Indian journal of veterinary science and animal husbandry - Volumes 18-21, 1948-1951
Year: 1948
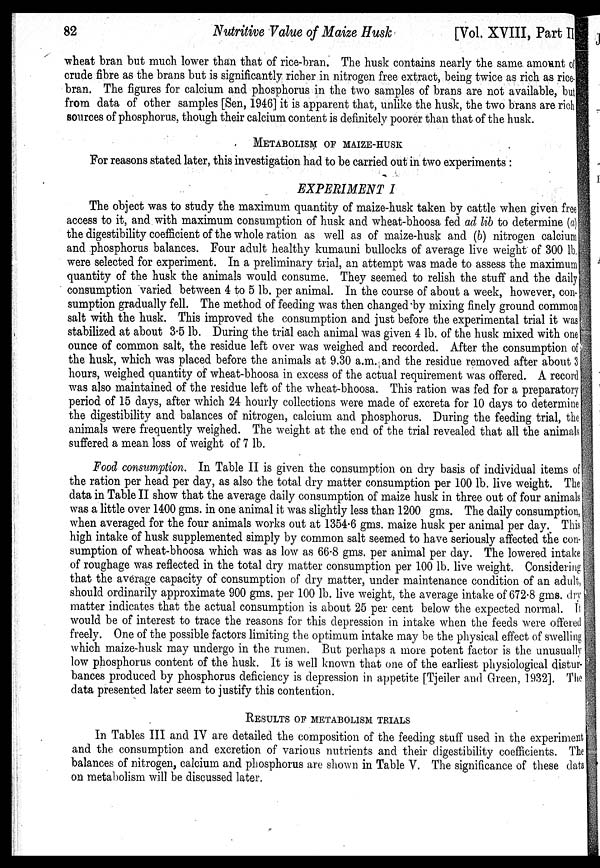
82
Nutritive Value of Maize
Husk
[Vol. XVIII, Part I]
wheat bran but much lower than that of rice-bran. The husk contains nearly the same amount of
crude fibre as the brans but is significantly richer in nitrogen free extract, being twice as rich as rice¬
bran. The figures for calcium and phosphorus in the two samples of brans are not available, but
from data of other samples [Sen, 1946] it is apparent that, unlike the husk, the two brans are rich
sources of phosphorus, though their calcium content is definitely poorer than that of the husk.
METABOLISM OF MAIZE-HUSK
For reasons stated later, this investigation had to be carried out in two experiments :
EXPERIMENT I
The object was to study the maximum quantity of maize-husk taken by cattle when given free
access to it, and with maximum consumption of husk and wheat-bhoosa fed ad lib to determine (a)
the digestibility coefficient of the whole ration as well as of maize-husk and (b) nitrogen calcium
and phosphorus balances. Four adult healthy kumauni bullocks of average live weight of 300 lb.
were selected for experiment. In a preliminary trial, an attempt was made to assess the maximum
quantity of the husk the animals would consume. They seemed to relish the stuff and the daily
consumption varied between 4 to 5 lb. per animal. In the course of about a week, however, con-
sumption gradually fell. The method of feeding was then changed by mixing finely ground common
salt with the husk. This improved the consumption and just before the experimental trial it was
stabilized at about 3.5 lb. During the trial each animal was given 4 lb. of the husk mixed with one
ounce of common salt, the residue left over was weighed and recorded. After the consumption of
the husk, which was placed before the animals at 9.30 a.m. and the residue removed after about 3
hours, weighed quantity of wheat-bhoosa in excess of the actual requirement was offered. A record
was also maintained of the residue left of the wheat-bhoosa. This ration was fed for a preparatory
period of 15 days, after which 24 hourly collections were made of excreta for 10 days to determine
the digestibility and balances of nitrogen, calcium and phosphorus. During the feeding trial, the
animals were frequently weighed. The weight at the end of the trial revealed that all the animals
suffered a mean loss of weight of 7 lb.
Food consumption. In Table II is given the consumption on dry basis of individual items of
the ration per head per day, as also the total dry matter consumption per 100 lb. live weight. The
data in Table II show that the average daily consumption of maize husk in three out of four animals
was a little over 1400 gms. in one animal it was slightly less than 1200 gms. The daily consumption,
when averaged for the four animals works out at 1354.6 gms. maize husk per animal per day. This
high intake of husk supplemented simply by common salt seemed to have seriously affected the con-
sumption of wheat-bhoosa which was as low as 66.8 gms. per animal per day. The lowered intake
of roughage was reflected in the total dry matter consumption per 100 lb. live weight. Considering
that the average capacity of consumption of dry matter, under maintenance condition of an adult,
should ordinarily approximate 900 gms. per 100 lb. live weight, the average intake of 672.8 gms. dry
matter indicates that the actual consumption is about 25 per cent below the expected normal. It
would be of interest to trace the reasons for this depression in intake when the feeds were offered
freely. One of the possible factors limiting the optimum intake may be the physical effect of swelling
which maize-husk may undergo in the rumen. But perhaps a more potent factor is the unusually
low phosphorus content of the husk. It is well known that one of the earliest physiological distur-
bances produced by phosphorus deficiency is depression in appetite [Tjeiler and Green, 1932]. The
data presented later seem to justify this contention.
RESULTS OF METABOLISM TRIALS
In Tables III and IV are detailed the composition of the feeding stuff used in the experiment
and the consumption and excretion of various nutrients and their digestibility coefficients. The
balances of nitrogen, calcium and phosphorus are shown in Table V. The significance of these data
on metabolism will be discussed later.